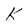
Character: k